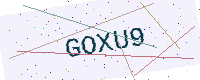
Text: GOXU9